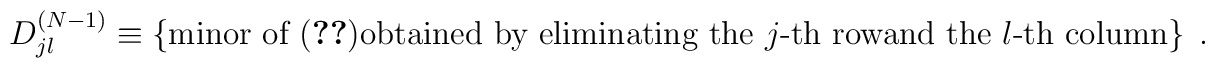
D_{jl}^{(N-1)} \equiv \left\{ \mbox{minor of (\ref{c-matrix})obtained by eliminating the $j$-th rowand the $l$-th column} \right\} \; .